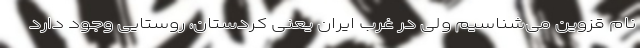
نام قزوین می‌شناسیم ولی در غرب ایران یعنی کردستان، روستایی وجود دارد